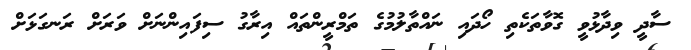
ސާދީ ވިދާޅުވީ ގޮވާތަކެތި ހޯދައި ނައްތާލުމުގެ ތަމްރީންތައް އިރާގު ސިފައިންނަށް ވަރަށް ރަނގަޅަށް